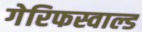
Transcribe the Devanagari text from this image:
गेरिफस्वाल्ड